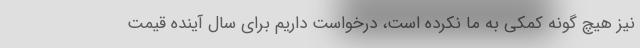
نیز هیچ گونه کمکی به ما نکرده است، درخواست داریم برای سال آینده قیمت